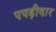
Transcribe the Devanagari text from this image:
पपड़ीदार